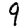
Digit: 9